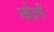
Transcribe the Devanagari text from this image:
सईदची